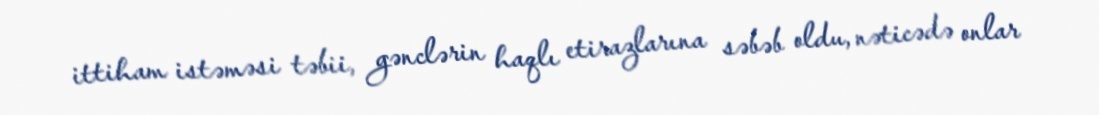
ittiham istəməsi təbii, gənclərin haqlı etirazlarına səbəb oldu, nəticədə onlar